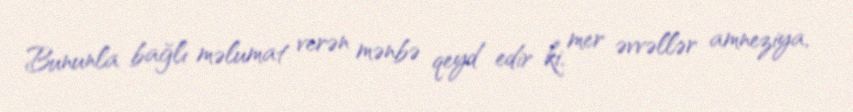
Bununla bağlı məlumat verən mənbə qeyd edir ki, mer əvvəllər amneziya,